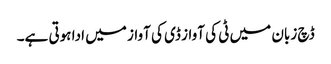
ڈچ زبان میں ٹی کی آواز ڈی کی آواز میں ادا ہوتی ہے۔